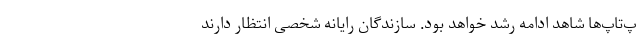
پ‌تاپ‌ها شاهد ادامه رشد خواهد بود. سازندگان رایانه شخصی انتظار دارند